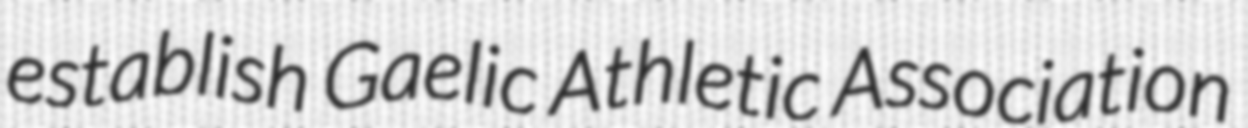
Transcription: establish Gaelic Athletic Association